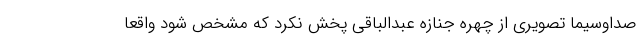
صداوسیما تصویری از چهره جنازه عبدالباقی پخش نکرد که مشخص شود واقعا